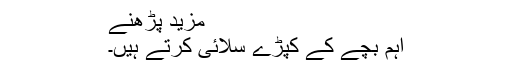
مزید پڑھنے
اہم بچے کے کپڑے سلائی کرتے ہیں۔